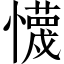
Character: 懱